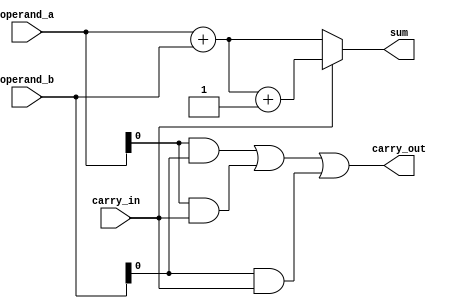
module carry_bypass_adder (
    input [15:0] operand_a,
    input [15:0] operand_b,
    input carry_in,
    output [15:0] sum,
    output carry_out
);

reg [15:0] sum;
reg carry_out;

always @* begin
    if (carry_in == 1'b0) begin
        sum = operand_a + operand_b;
        carry_out = (operand_a[0] & operand_b[0]) | (operand_a[0] & carry_in) | (operand_b[0] & carry_in);
    end else begin
        sum = operand_a + operand_b + 1'b1;
        carry_out = (operand_a[0] & operand_b[0]) | (operand_a[0] & carry_in) | (operand_b[0] & carry_in);
    end
end

assign sum = sum[15:0];
assign carry_out = carry_out;

endmodule